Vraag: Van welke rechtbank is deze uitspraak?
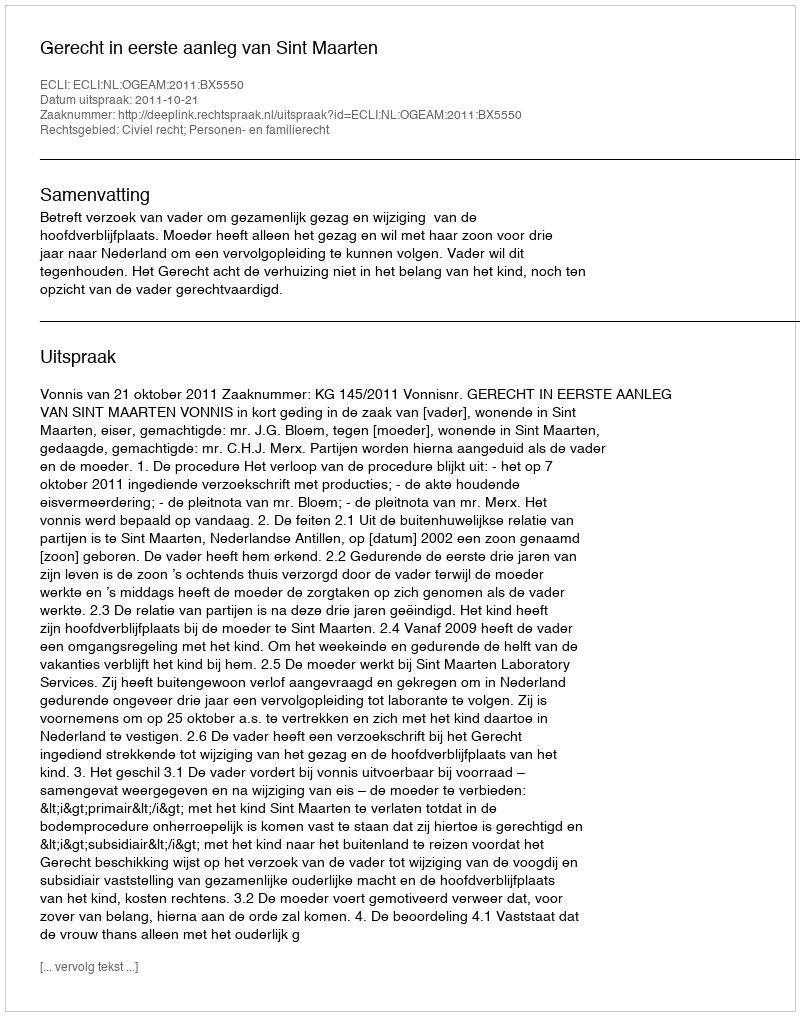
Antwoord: Gerecht in eerste aanleg van Sint Maarten